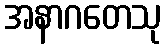
အနာဂတေသု